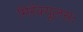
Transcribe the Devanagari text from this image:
मिरैक्यूलसः